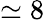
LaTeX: \simeq 8